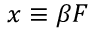
x \equiv \beta { \cal F }